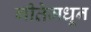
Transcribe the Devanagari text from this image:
गीतेमधून